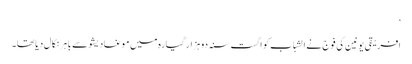
‘
افریقی یونین کی فوج نے الشباب کو اگست سنہ دو ہزار گیارہ میں موغادیشو سے باہر نکال دیا تھا۔